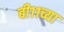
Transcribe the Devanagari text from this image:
बी११च्या